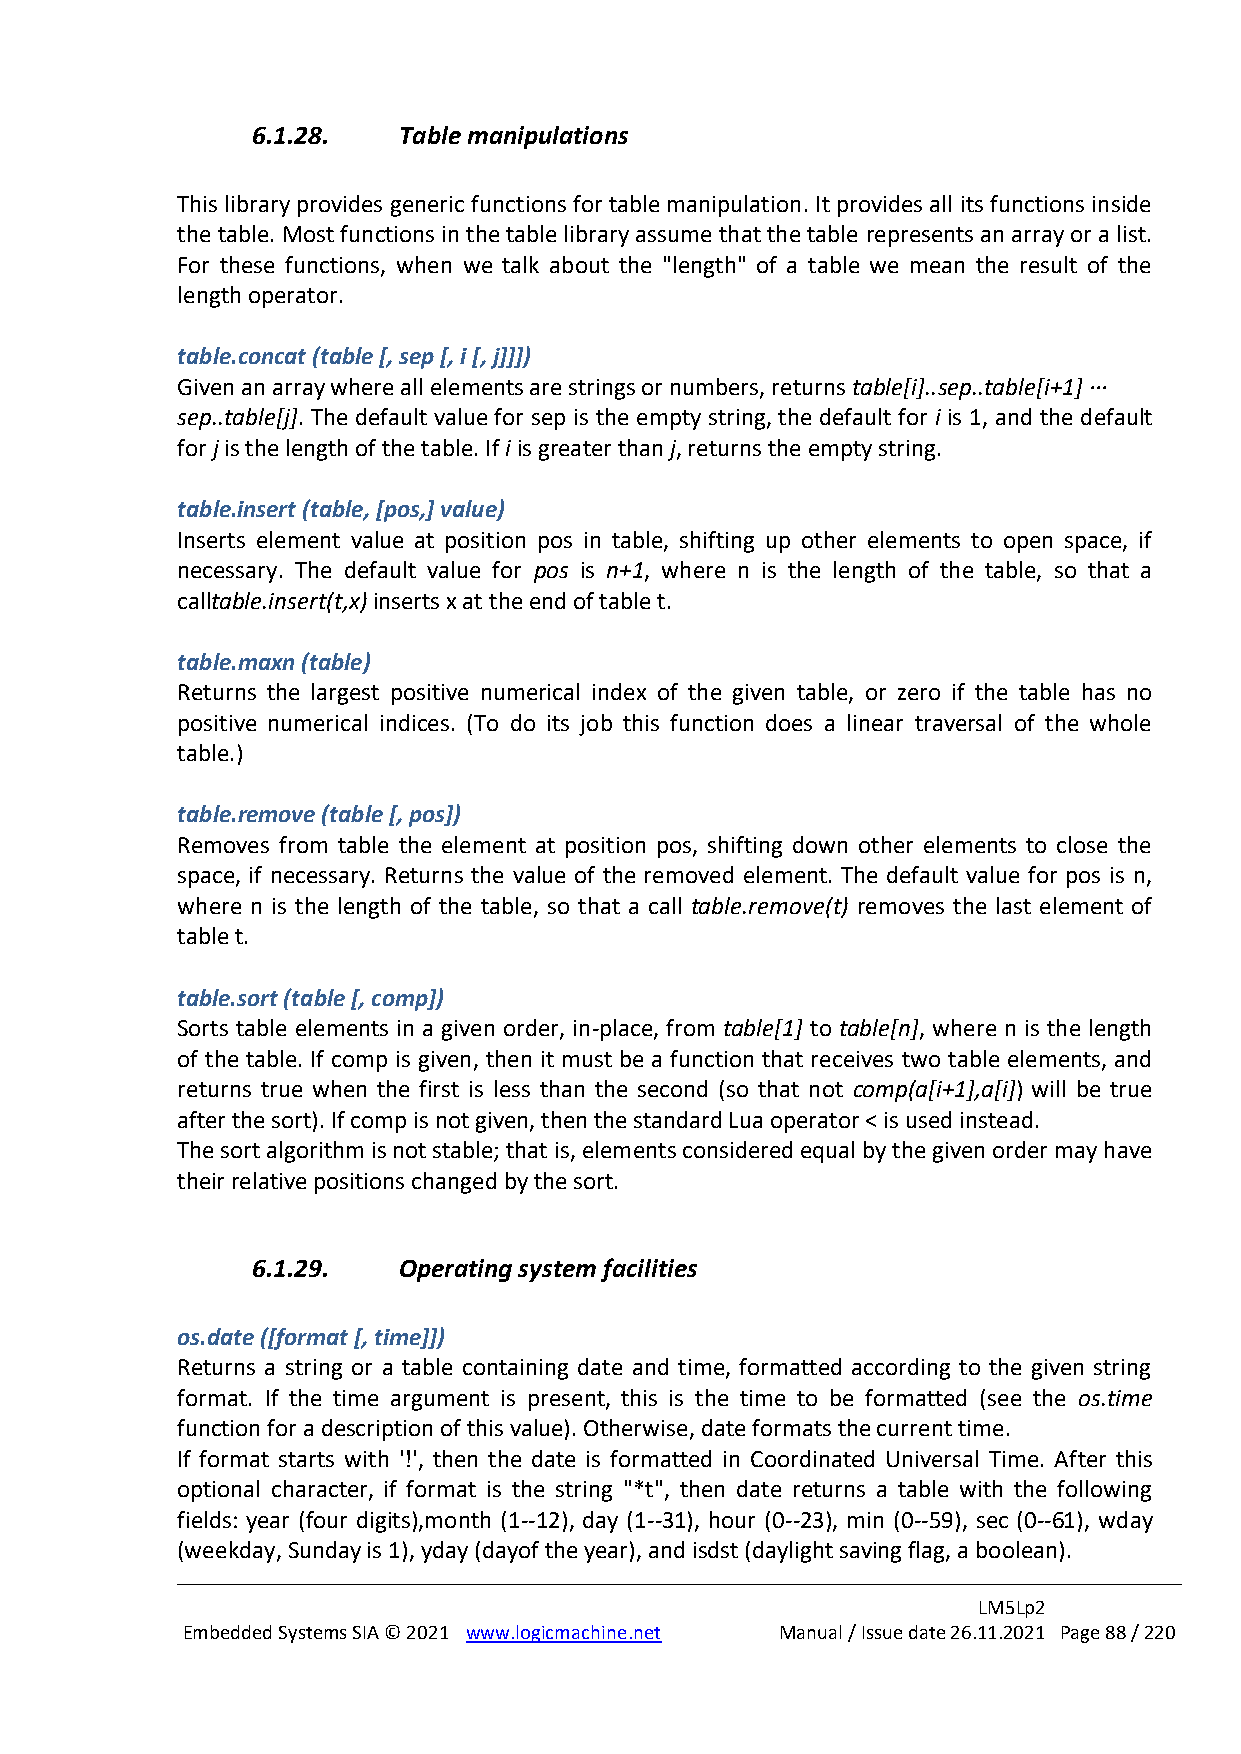
6.1.28.  Table manipulations
 This library provides generic functions for table manipulation. It provides all its functions inside
 the table. Most functions in the table library assume that the table represents an array or a list.
 For these functions, when we talk about the "length" of a table we mean the result of the
 length operator.
 table.concat (table [, sep [, i [, j]]])
 Given an array where all elements are strings or numbers, returns table[i]..sep..table[i+1] ···
 sep..table[j]. The default value for sep is the empty string, the default for i is 1, and the default
 for j is the length of the table. If i is greater than j, returns the empty string.
 table.insert (table, [pos,] value)
 Inserts element value at position pos in table, shifting up other elements to open space, if
 necessary. The default value for pos is n+1, where n is the length of the table, so that a
 calltable.insert(t,x) inserts x at the end of table t.
 table.maxn (table)
 Returns the largest positive numerical index of the given table, or zero if the table has no
 positive numerical indices. (To do its job this function does a linear traversal of the whole
 table.)
 table.remove (table [, pos])
 Removes from table the element at position pos, shifting down other elements to close the
 space, if necessary. Returns the value of the removed element. The default value for pos is n,
 where n is the length of the table, so that a call table.remove(t) removes the last element of
 table t.
 table.sort (table [, comp])
 Sorts table elements in a given order, in-place, from table[1] to table[n], where n is the length
 of the table. If comp is given, then it must be a function that receives two table elements, and
 returns true when the first is less than the second (so that not comp(a[i+1],a[i]) will be true
 after the sort). If comp is not given, then the standard Lua operator < is used instead.
 The sort algorithm is not stable; that is, elements considered equal by the given order may have
 their relative positions changed by the sort.
 6.1.29.  Operating system facilities
 os.date ([format [, time]])
 Returns a string or a table containing date and time, formatted according to the given string
 format. If the time argument is present, this is the time to be formatted (see the os.time
 function for a description of this value). Otherwise, date formats the current time.
 If format starts with '!', then the date is formatted in Coordinated Universal Time. After this
 optional character, if format is the string "*t", then date returns a table with the following
 fields: year (four digits),month (1--12), day (1--31), hour (0--23), min (0--59), sec (0--61), wday
 (weekday, Sunday is 1), yday (dayof the year), and isdst (daylight saving flag, a boolean).
 LM5Lp2
 Embedded Systems SIA © 2021 www.logicmachine.net Manual / Issue date 26.11.2021 Page 88 / 220